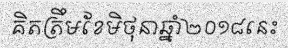
គិតត្រឹមខែមិថុនាឆ្នាំ២០១៨នេះ